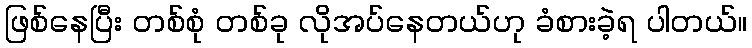
ဖြစ်နေပြီး တစ်စုံ တစ်ခု လိုအပ်နေတယ်ဟု ခံစားခဲ့ရ ပါတယ်။